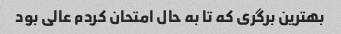
بهترین برگری که تا به حال امتحان کردم عالی بود